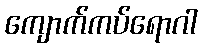
ကျောက်ကပ်ရောဂါ